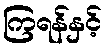
ကြရန်နှင့်